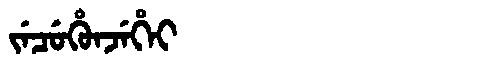
Manchu: ᠵᡝᠴᡠᡥᡠᠨᠵᡝᡥᡝᡳ
Romanization: JECUHUNJEHEI